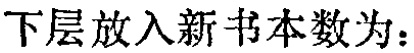
下层放入新书本数为：